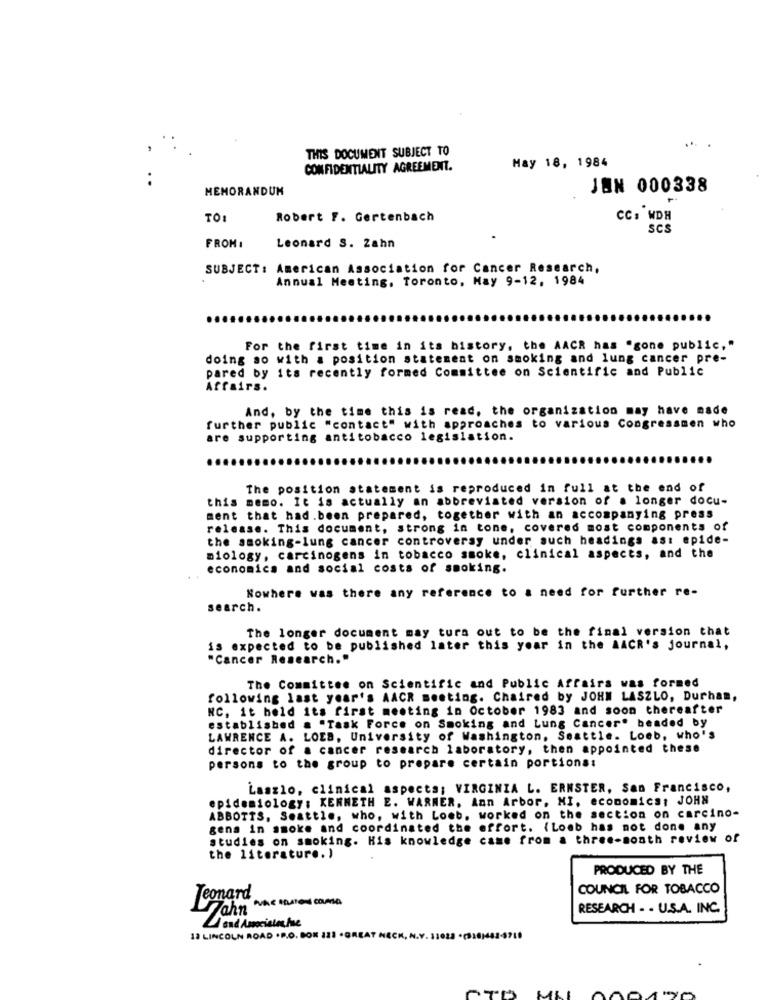
THIS DOCUMENT SUBJECT TO
CONFIDENTIALITY AGREEMENT.
May 18, 1984
MEMORANDUM
JON 000338
TO:
Robert F. Gertenbach
CC: WDH
SCS
FROM :
Leonard S. Zahn
SUBJECT: American Association for Cancer Research,
Annual Meeting, Toronto, May 9-12, 1984
For the first time in its history, the AACR has "gone public,"
doing so with a position statement on smoking and lung cancer pre-
pared by its recently formed Committee on Scientific and Public
Affairs.
And, by the time this is read, the organization may have made
further public "contact" with approaches to various Congressmen who
are supporting antitobacco legislation.
The position statement is reproduced in full at the end of
this memo. It is actually an abbreviated version of a longer docu-
sent that had .been prepared, together with an accompanying press
release. This document, strong in tone, covered most components of
the smoking-lung cancer controversy under such headings ast epide-
miology, carcinogens in tobacco smoke, clinical aspects, and the
economics and social costs of smoking.
Nowhere was there any reference to a need for further re-
search.
The longer document may turn out to be the final version that
is expected to be published later this year in the AACR's journal,
"Cancer Research."
The Committee on Scientific and Public Affairs was formed
following last year's AACR meeting. Chaired by JOHN LASZLO, Durham,
NC, it held its first meeting in October 1983 and soon thereafter
established . "Task Force on Smoking and Lung Cancer. beaded by
LAWRENCE A. LOEB, University of Washington, Seattle. Loeb, who's
director of a cancer research laboratory, then appointed these
persons to the group to prepare certain portions:
Laszlo, clinical aspects; VIRGINIA L. ERNSTER, San Francisco,
epidemiology: KENNETH E. WARNER, Ann Arbor, MI, economics, JOHN
ABBOTTS, Seattle, who, with Loeb, worked on the section on carcino-
gens in smoke and coordinated the effort. (Loeb has not done any
studies on smoking. His knowledge came from a three-month review of
the literature.)
PRODUCED BY THE
COUNCIL FOR TOBACCO
Jeonard
Fahn
RESEARCH - - U.S.A. INC.
13 LINCOLN ROAD .P.O. BOX 121 .
GREAT NE